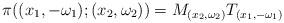
LaTeX: \begin{align*}\pi((x_1,-\omega_1);(x_2,\omega_2)) = M_{(x_2,\omega_2)} T_{(x_1,-\omega_1)}\end{align*}